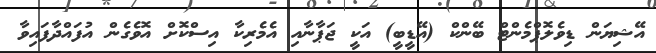
އޭޝިޔަން ޑިވެލޮޕްމެންޓް ބޭންކް (އޭޑީބީ) އަކީ ޖަޕާނާއި އެމެރިކާ އިސްކޮށް އޮވެގެން އުފައްދާފައިވާ